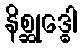
နိစ္ဆုဒ္ဓေါ